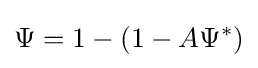
{\Psi }=1-(1-A{\Psi }^{\ast })